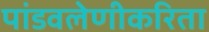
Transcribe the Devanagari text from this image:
पांडवलेणीकरिता